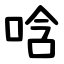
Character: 唅